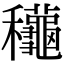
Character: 龝